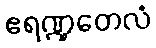
ဧရဏ္ဍတေလံ